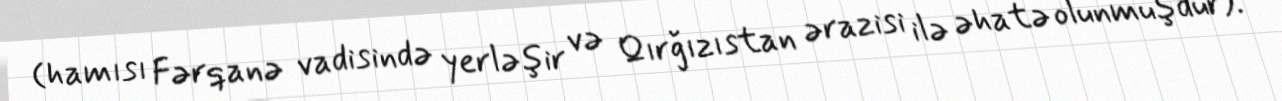
(hamısı Fərqanə vadisində yerləşir və Qırğızıstan ərazisi ilə əhatə olunmuşdur).